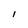
Character: 1